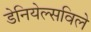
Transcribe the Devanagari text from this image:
डेनियेल्सविले